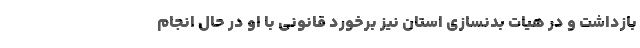
بازداشت و در هیات بدنسازی استان نیز برخورد قانونی با او در حال انجام